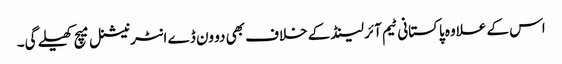
اس کے علاوہ پاکستانی ٹیم آئرلینڈ کے خلاف بھی دو ون ڈے انٹرنیشنل میچ کھیلے گی۔